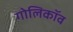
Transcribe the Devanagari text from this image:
गोलिकॉव